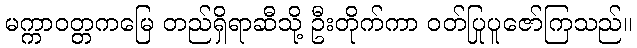
မက္ကာဝတ္တကမြေ တည်ရှိရာဆီသို့ ဦးတိုက်ကာ ဝတ်ပြုပူဇော်ကြသည်။